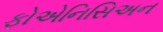
ફોએનિસિઅન